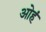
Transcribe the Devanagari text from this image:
ओहं